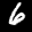
Label: 6